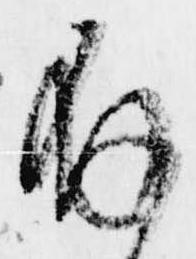
存